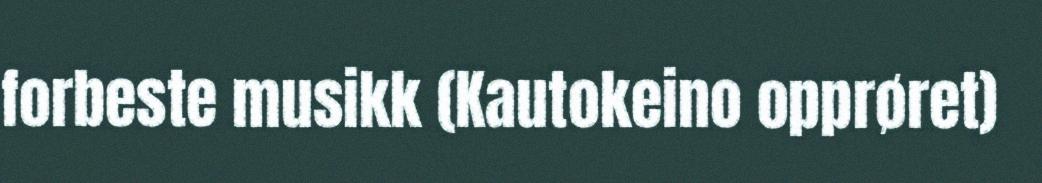
forbeste musikk (Kautokeino opprøret)